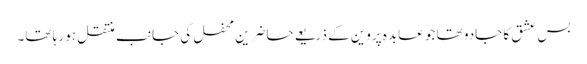
بس عشق کا جادو تھا جو عابدہ پروین کے ذریعے حاضرینِ محفل کی جانب منتقل ہو رہا تھا۔